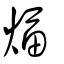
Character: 煏